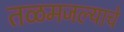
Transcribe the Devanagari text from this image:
तळमजल्याचे